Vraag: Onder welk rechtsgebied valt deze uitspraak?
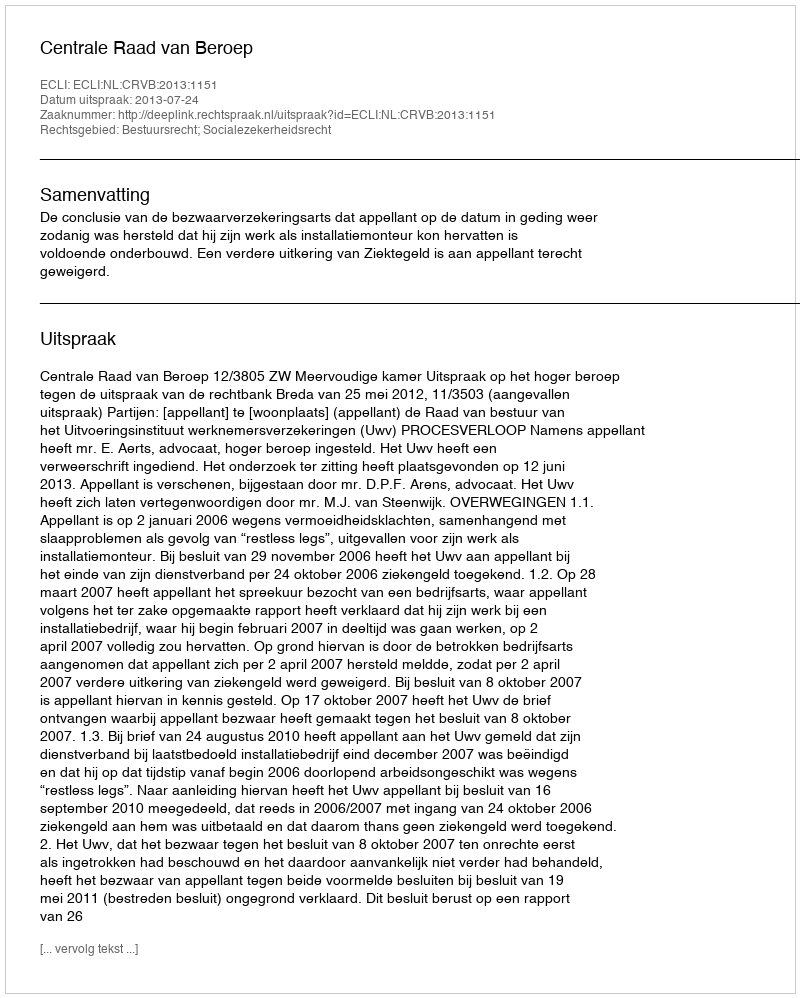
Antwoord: Bestuursrecht; Socialezekerheidsrecht